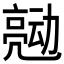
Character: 𰁠